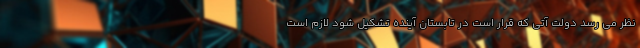
نظر می رسد دولت آتی که قرار است در تابستان آینده تشکیل شود لازم است